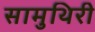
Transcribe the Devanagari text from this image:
सामुथिरी